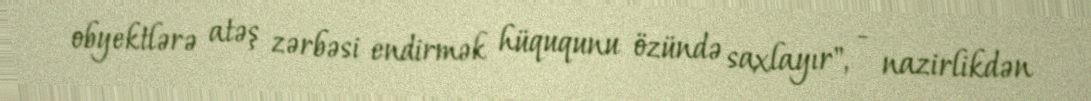
obyektlərə atəş zərbəsi endirmək hüququnu özündə saxlayır", - nazirlikdən